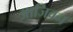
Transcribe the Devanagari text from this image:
आजिवन